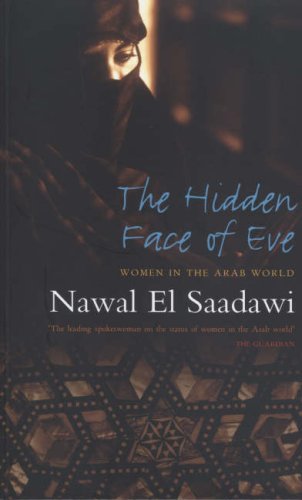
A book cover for The Hidden Face of Eve: Women in the Arab World; Nawal El Saadawi; Politics & Social Sciences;